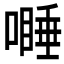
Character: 𱔾